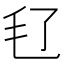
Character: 𣬝